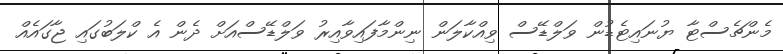
މެންޗެސްޓާ ޔުނައިޓެޑުން ވަލްޑޭސް ވިއްކާލަން ނިންމާފައިވާއިރު ވަލްޑޭސްއަށް ދެން އެ ކްލަބުގައި ޖާގައެއް